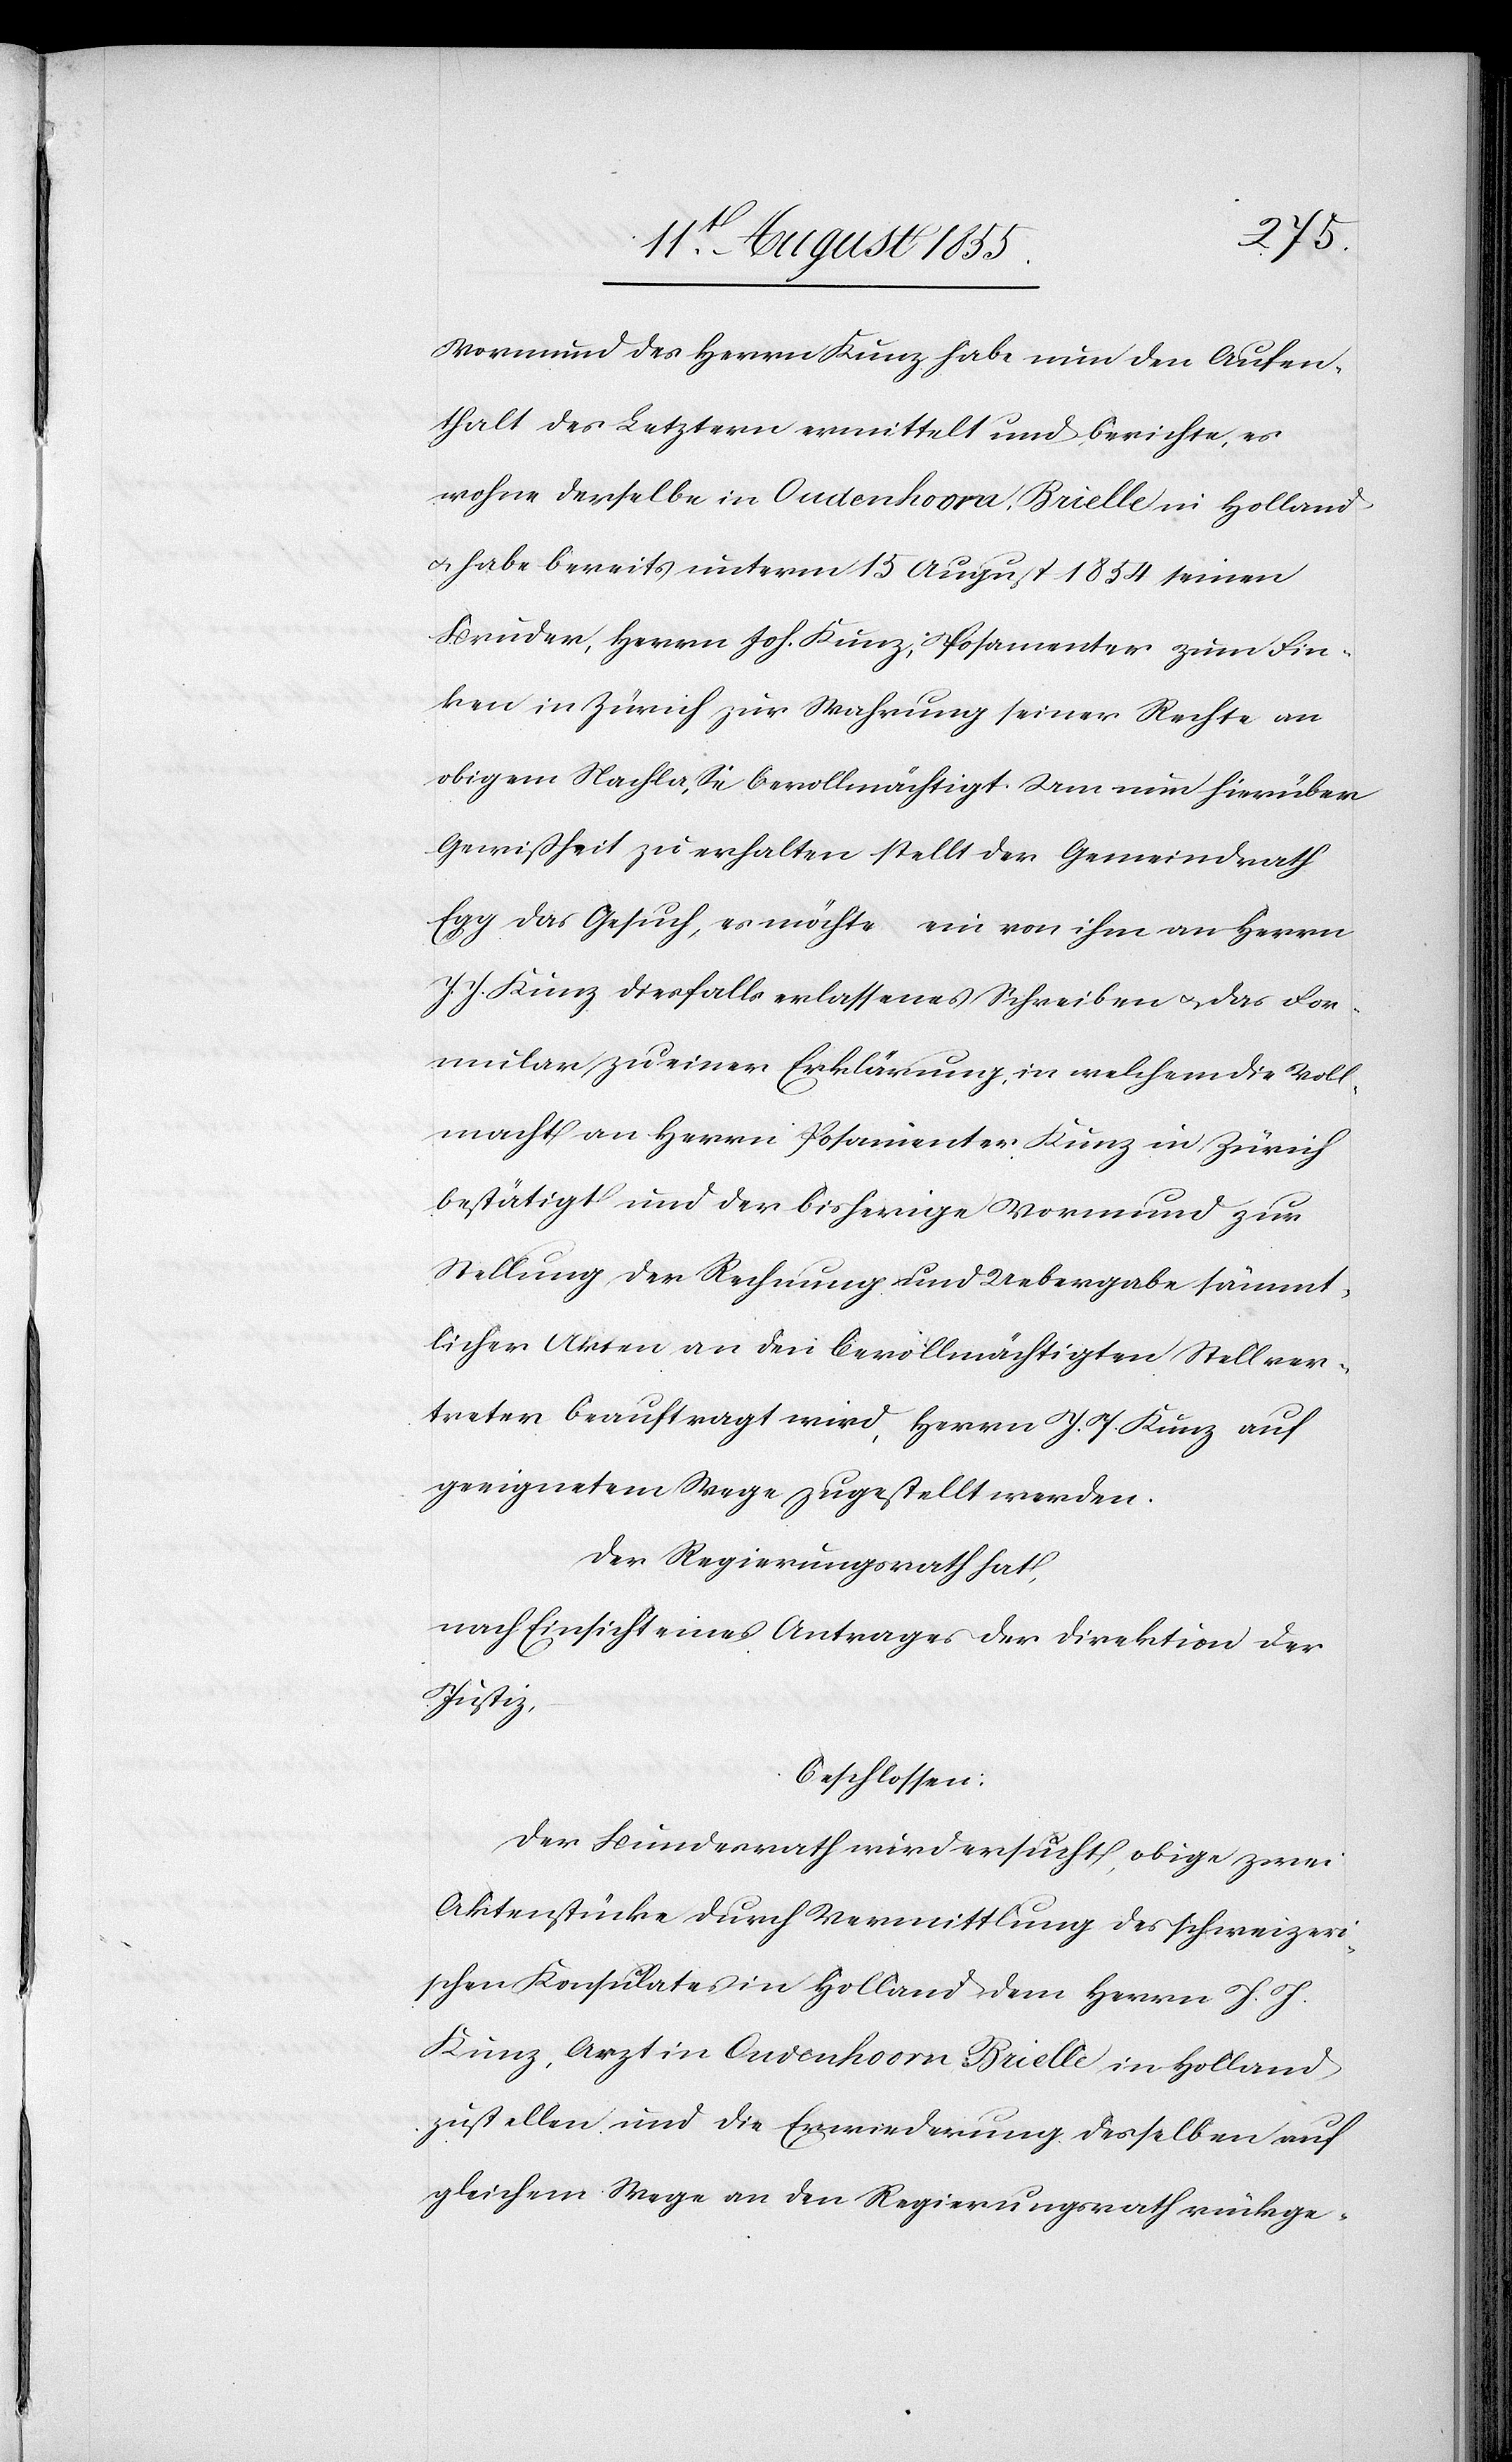
Vormund des Herrn Kunz habe nun den Aufen¬
thalt des Letztern ermittelt und berichte, es
wohne derselbe in Oudenhoorn-Brielle in Holland
& habe bereits unterm 15 August 1854 seinen
Bruder, Herrn Joh. Kunz, Posamenter zum Fin¬
ken in Zürich zur Wahrung seiner Rechte an
obigem Nachlaße bevollmächtigt. Um nun hierüber
Gewißheit zu erhalten stellt der Gemeindrath
Egg das Gesuch, es möchte ein von ihm an Herrn
J. J. Kunz diesfalls erlassenes Schreiben & das For¬
mular zu einer Erklärung, in welchem die Voll¬
macht an Herrn Posamenter Kunz in Zürich
bestätigt und der bisherige Vormund zur
Stellung der Rechnung und Uebergabe sämmt¬
licher Akten an den bevollmächtigten Stellver¬
treter beauftragt wird, Herrn J. J. Kunz auf
geeignetem Wege zugestellt werden.
Der Regierungsrath hat,
nach Einsicht eines Antrages der Direktion der
Justiz,
beschlossen:
Der Bundesrath wird ersucht, obige zwei
Aktenstücke durch Vermittlung des schwizer¬
ischen Konsulates in Holland dem Herrn J. J.
Kunz, Arzt in Oudenhoorn Brielle in Holland
zustellen und die Erwiederung desselben auf
gleichem Wege an den Regierungsrath rückge-